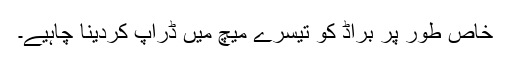
خاص طور پر براڈ کو تیسرے میچ میں ڈراپ کردینا چاہیے۔